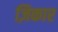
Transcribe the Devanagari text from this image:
ज़िकार